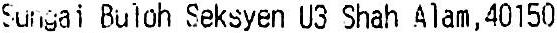
SUNGAI BULOH SEKSYEN U3 SHAH ALAM, 40150